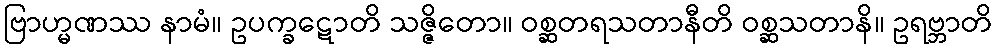
ဗြာဟ္မဏဿ နာမံ။ ဥပက္ခဋောတိ သဇ္ဇိတော။ ဝစ္ဆတရသတာနီတိ ဝစ္ဆသတာနိ။ ဥရဗ္ဘာတိ